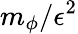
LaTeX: m_{\phi}/\epsilon^{2}